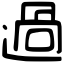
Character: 過